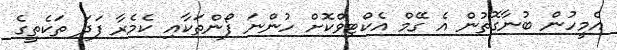
އެމީހުން ބުނާގޮތުން އެ ގޭމް އެކްޓިވްކޮށް ހުންނަ ފޯންތަކާއި ކެމެރާ ފަދަ ތަކެތީގެ